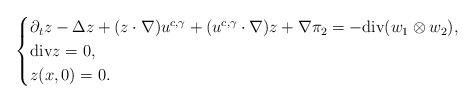
LaTeX: \begin{align*}\begin{cases}\partial_{t}z-\Delta z+(z\cdot\nabla)u^{c,\gamma}+(u^{c,\gamma}\cdot\nabla)z+\nabla\pi_{2}=-\mathrm{div}(w_{1}\otimes w_{2}),\\\mathrm{div}z=0,\\z(x,0)=0.\end{cases}\end{align*}